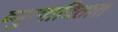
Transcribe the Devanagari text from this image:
व्युत्पादितात